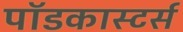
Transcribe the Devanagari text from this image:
पॉडकास्टर्स